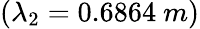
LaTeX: (\lambda_{2}=0.6864~m)